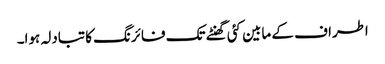
اطراف کے مابین کئی گھنٹے تک فائرنگ کا تبادلہ ہوا۔